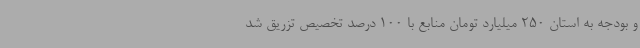
و بودجه به استان 250 میلیارد تومان منابع با 100 درصد تخصیص تزریق شد